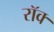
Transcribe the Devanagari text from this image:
रॉक्‍